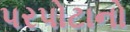
પરપોટાનો